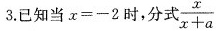
3.已知当$$x = - 2$$时，分式$$\frac { x } { x + a }$$